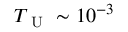
T _ { \mathrm { ~ U ~ } } \sim 1 0 ^ { - 3 }